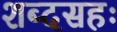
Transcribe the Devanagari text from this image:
शब्दसहः